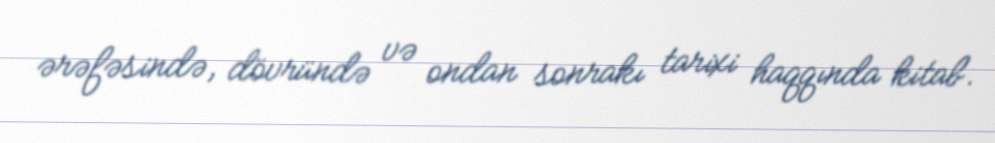
ərəfəsində, dövründə və ondan sonrakı tarixi haqqında kitab.